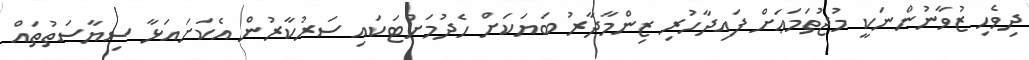
ދިވެހި ޒުވާނުންނަކީ މުޖުތަމަޢަށް ފައިދާހުރި ޒިންމާދާރު ބަޔަކަށް ހެދުމަށްޓަކައި ސަރުކާރުން އެކަށައަޅާ ސިޔާސަތުތައް